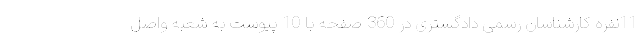
11نفره کارشناسان رسمی دادگستری در 360 صفحه با 10 پیوست به شعبه واصل